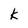
Character: k